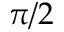
\pi / 2